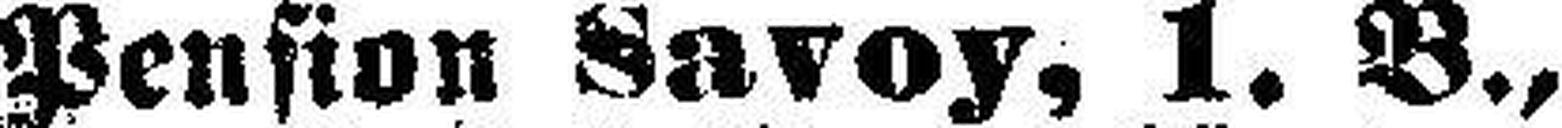
Pension Savoy, 1. B.,